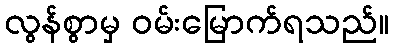
လွန်စွာမှ ဝမ်းမြောက်ရသည်။